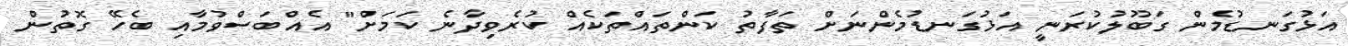
އަޅުގަނޑުމެން ގަބޫލުކުރަނީ އަޅުގަނޑުމެންނަށް ތަފާތު ކަންތައްތަކެއް ކުރެވިދާނެ ކަމަށް" އެއްބަސްވުމާއި ބެހޭ ގޮތުން